Indian journal of veterinary science and animal husbandry - Volume 2,
Year: 1932
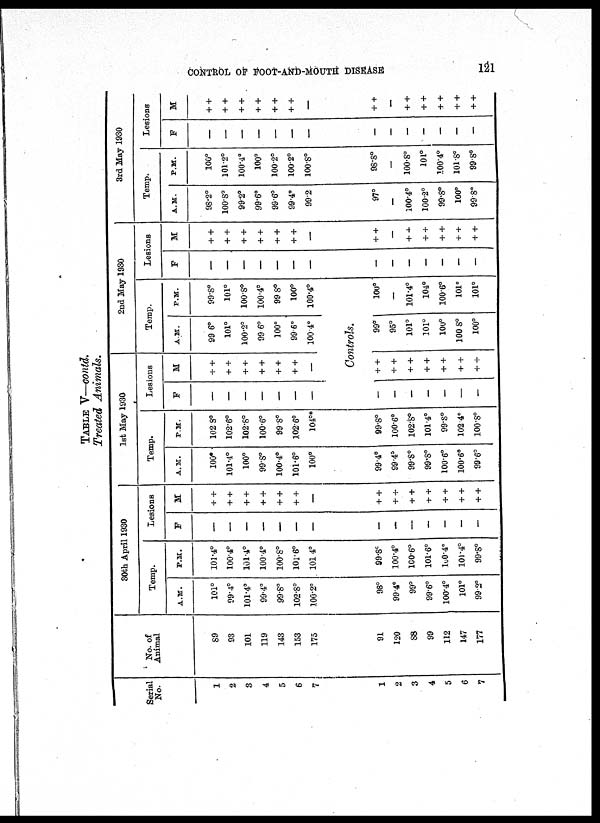
CONTROL OF FOOT-AND-MOUTH DISEASE
121
TABLE V—contd.
Treated Animals.
Serial
No.
1
2
3
4
5
6
7
No. of
Animal
89
93
101
119
143
153
175
30th April 1930
Temp.
A.M.
101°
99.4°
101.4°
99.4°
99.8°
102.8°
100.2°
P.M.
101.4°
100.4°
101.4°
100.4°
100.8°
101.6°
101.4°
Lesions
F
—
—
—
—
—
—
—
M
+ +
+ +
+ +
+ +
+ +
+ +
—
1st May 1930
Temp.
A.M.
100°
101.4°
100°
99.8°
100.4°
101.6°
100°
P.M.
102.8°
102.6°
102.8°
100.6°
99.8°
102.6°
104°*
1
2
3
4
5
6
7
91
120
88
99
112
147
177
98°
99.4°
99°
99.6°
100.4°
101°
99.2°
99.8°
100.4°
100.6°
101.6°
100.4°
101.4°
99.8°
—
—
—
—
—
—
—
+ +
+ +
+ +
+ +
+ +
+ +
+ +
99.4°
99 4°
99.8°
99.8°
100.6°
100.6°
99.6°
99.8°
100.6°
102.8°
101.4°
99.8°
102 4°
100.8°
Lesions
F
—
—
—
—
—
—
—
M
+ +
+ +
+ +
+ +
+ +
+ +
—
2nd May 1930
Temp.
A.M.
99.6°
101°
100.2°
99.6°
100°
99.6°
100.4°
P.M.
99.8°
101°
100.8°
100.4°
99.8°
100°
100.4°
Controls.
—
—
—
—
—
—
—
++
+ +
+ +
+ +
+ +
+ +
+ +
99°
95°
101°
101°
100°
100.8°
100°
100°
—
101.4°
104°
100.6°
101°
101°
Lesions
F
—
—
—
—
—
—
M
+ +
+ +
+ +
+ +
+ +
+ +
—
3rd May 1930
Temp.
A.M.
98.2°
100.8°
99.2°
99.6°
99.6°
99.4°
99.2
P.M.
100°
101.2°
100.4°
100°
100.2°
100.2°
100.8°
Lesions
F
—
—
—
—
—
—
M
+ +
+ +
+ +
+ +
+ +
+ +
—
—
—
—
—
—
—
—
+ +
—
+ +
+ +
+ +
+ +
+ +
97°
—
100.4°
100.2°
99.8°
100°
99.8°
98.8°
—
100.8°
101°
100.4°
101.8°
99 8°
—
—
—
—
—
—
+ +
—
+ +
+ +
+ +
+ +
+ +